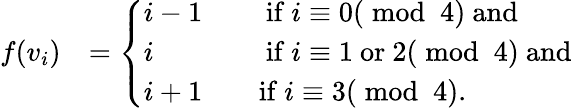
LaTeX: \begin{array}{rl}{f(v_{i})}&{=\left\{ \begin{array}{ll}{i-1\quad}&{\mathrm{~if~}i\equiv 0(\bmod~4)\mathrm{~and~}}\\ {i\quad}&{\mathrm{~if~}i\equiv 1\mathrm{~or~}2(\bmod~4)\mathrm{~and~}}\\ {i+1\quad}&{\mathrm{if~}i\equiv 3(\bmod~4).}\end{array}\right.}\end{array}